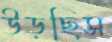
উড়ছিস